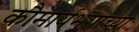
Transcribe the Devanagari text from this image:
कौमार्यभंगाच्या